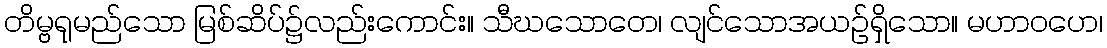
တိမ္ဗရုမည်သော မြစ်ဆိပ်၌လည်းကောင်း။ သီဃသောတေ၊ လျင်သောအယဉ်ရှိသော။ မဟာဝဟေ၊